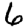
Digit: 6